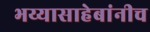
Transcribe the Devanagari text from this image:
भय्यासाहेबांनीच